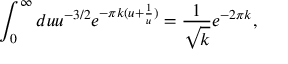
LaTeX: \int _ { 0 } ^ { \infty } d u u ^ { - 3 / 2 } e ^ { - \pi k ( u + \frac { 1 } { u } ) } = \frac { 1 } { \sqrt { k } } e ^ { - 2 \pi k } ,